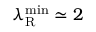
\lambda _ { \mathrm { R } } ^ { \mathrm { m i n } } \simeq 2